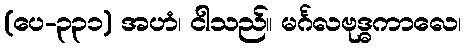
(ပေ-၃၃၁) အဟံ၊ ငါသည်။ မင်္ဂလဗုဒ္ဓကာလေ၊